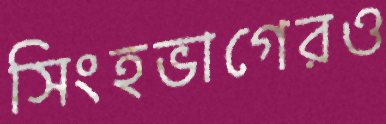
সিংহভাগেরও